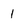
Character: 1